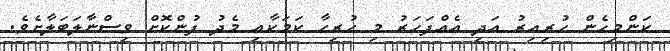
ކަންމިހެން ހުރިއިރު އަދި އެއްފަހަރު މި ހުރިހާ ކަމަކާއި މެދު ފުންކޮށް ވިސްނާލަބަލާށެވެ.